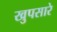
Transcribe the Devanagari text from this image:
खुपसारे